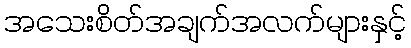
အသေးစိတ်အချက်အလက်များနှင့်